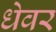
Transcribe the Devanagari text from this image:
धेवर